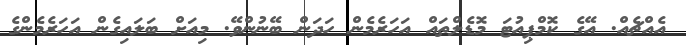
އެއްޗެއް. އޭގެ ކޮމްޕިއުޓަ މޮޑެލްތައް އަހަރެމެން ހަދަން ބޭނުންވޭ. މިއަށް ބަލައިގެން އަހަރެމެންގެ